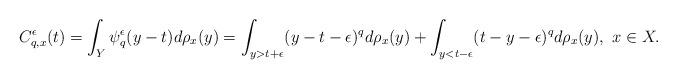
LaTeX: \begin{align*}C_{q,x}^\epsilon(t)=\int_Y\psi_q^\epsilon(y-t)d\rho_x(y)=\int_{y>t+\epsilon}(y-t-\epsilon)^qd\rho_x(y)+\int_{y<t-\epsilon}(t-y-\epsilon)^qd\rho_x(y),\ x\in X.\end{align*}